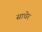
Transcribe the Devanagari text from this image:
साधेर